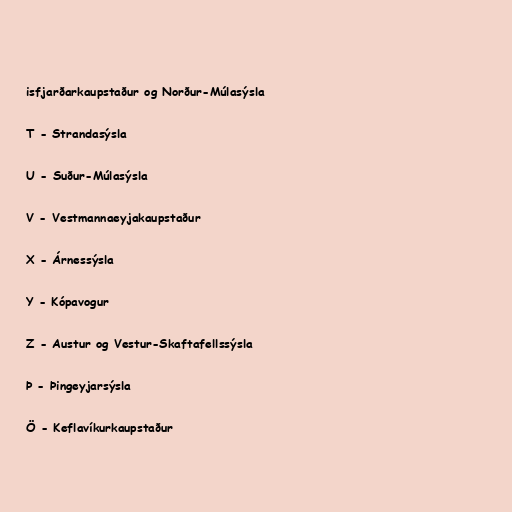
isfjarðarkaupstaður og Norður-Múlasýsla

T - Strandasýsla

U - Suður-Múlasýsla

V - Vestmannaeyjakaupstaður

X - Árnessýsla

Y - Kópavogur

Z - Austur og Vestur-Skaftafellssýsla

Þ - Þingeyjarsýsla

Ö - Keflavíkurkaupstaður